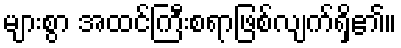
များစွာ အထင်ကြီးစရာဖြစ်လျက်ရှိ၏။